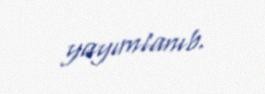
yayımlanıb.